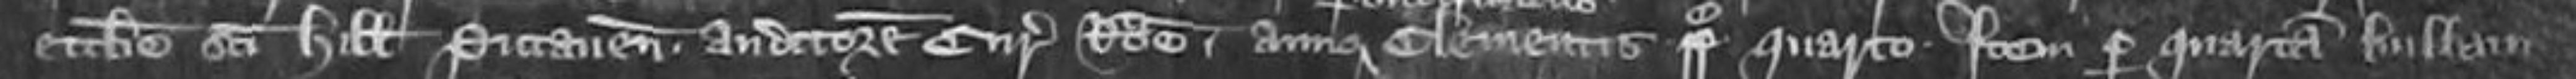
ecclesie Sancti Hillarii Pictaviensis auditore curie Rome anno Clementis pape quarto Item per quartam bullam